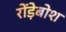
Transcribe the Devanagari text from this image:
रोंड़ेबोश